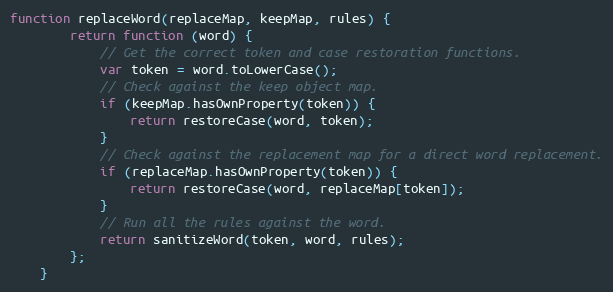
Language: JavaScript
function replaceWord(replaceMap, keepMap, rules) {
        return function (word) {
            // Get the correct token and case restoration functions.
            var token = word.toLowerCase();
            // Check against the keep object map.
            if (keepMap.hasOwnProperty(token)) {
                return restoreCase(word, token);
            }
            // Check against the replacement map for a direct word replacement.
            if (replaceMap.hasOwnProperty(token)) {
                return restoreCase(word, replaceMap[token]);
            }
            // Run all the rules against the word.
            return sanitizeWord(token, word, rules);
        };
    }